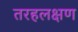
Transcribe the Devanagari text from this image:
तरहलक्षण